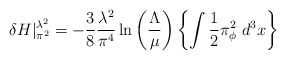
\begin{align*}\delta H|_{\pi^2}^{\lambda^2}=- {3\over 8} {\lambda^2\over\pi^4}\ln\left({\Lambda\over\mu}\right) \left\{\int {1\over 2}\pi^2_\phi\; d^3x\right\} \end{align*}